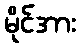
မိုင်အား